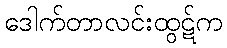
ဒေါက်တာလင်းထွဋ်က